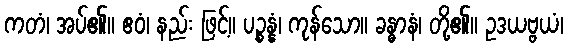
ကတံ၊ အပ်၏။ ဧဝံ၊ နည်း ဖြင့်။ ပဉ္စန္နံ၊ ကုန်သော။ ခန္ဓာနံ၊ တို့၏။ ဥဒယဗ္ဗယံ၊